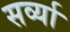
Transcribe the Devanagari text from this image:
सर्व्या